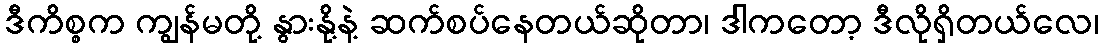
ဒီကိစ္စက ကျွန်မတို့ နွားနို့နဲ့ ဆက်စပ်နေတယ်ဆိုတာ၊ ဒါကတော့ ဒီလိုရှိတယ်လေ၊